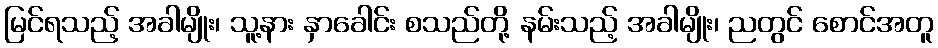
မြင်ရသည့် အခါမျိုး၊ သူ့နား နှာခေါင်း စသည်တို့ နမ်းသည့် အခါမျိုး၊ ညတွင် စောင်အတူ